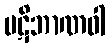
ပဋိဘာဏဝါ